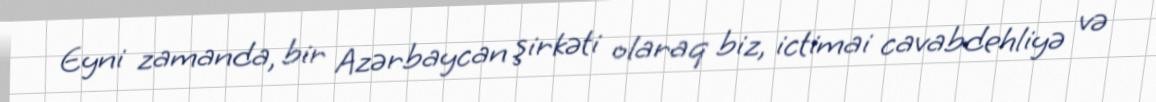
Eyni zamanda, bir Azərbaycan şirkəti olaraq biz, ictimai cavabdehliyə və